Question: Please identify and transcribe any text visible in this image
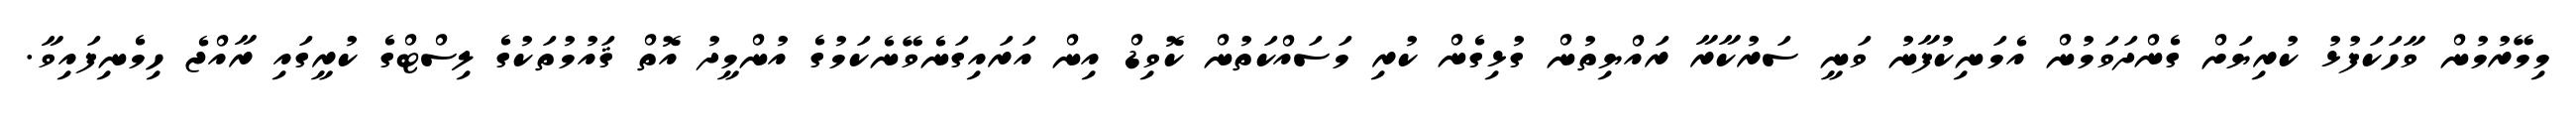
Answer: މިމޭރުމުން ވާހަކަފުޅު ކުރިޔަށް ގެންދަވަމުން އެމަނިކުފާނު ވަނީ ސަރުކާރާ ރައްޔިތުން ގުޅިގެން ކުރި މަސައްކަތުން ކޮވިޑް އިން އަރައިގަނެވޭނެކަމުގެ އުންމީދު އޮތް ޤައުމުތަކުގެ ލިސްޓްގެ ކުރީގައި ރާއްޖެ ހިމެނިފައިވާ.